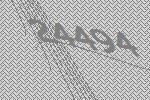
24494